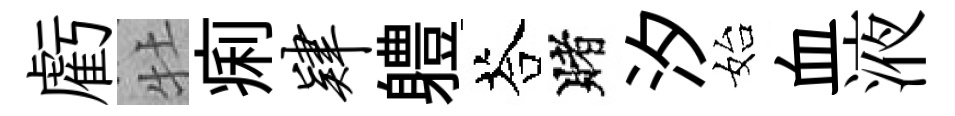
虧牡痢肄軆荅賭汐始血液